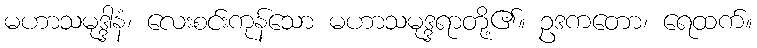
မဟာသမုဒ္ဒါနံ၊ လေးစင်းကုန်သော မဟာသမုဒ္ဒရာတို့၏။ ဥဒကတော၊ ရေထက်။